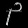
Digit: ၃